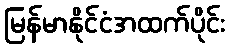
မြန်မာနိုင်ငံအထက်ပိုင်း